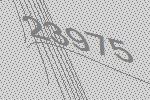
23975